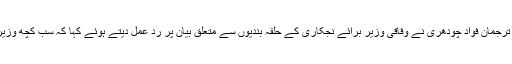
تفصیلات کے مطابق پاکستان تحریک انصاف کے ترجمان فواد چودھری نے وفاقی وزیر برائے نجکاری کے حلقہ بندیوں سے متعلق بیان پر رد عمل دیتے ہوئے کہا کہ سب کچھ وزیراعظم اورنا اہل لیگی قیادت کے ایما پر ہو رہا ہے۔